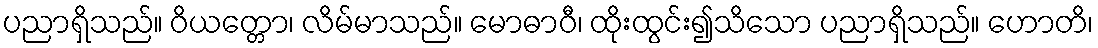
ပညာရှိသည်။ ဝိယတ္တော၊ လိမ်မာသည်။ မောဓာဝီ၊ ထိုးထွင်း၍သိသော ပညာရှိသည်။ ဟောတိ၊